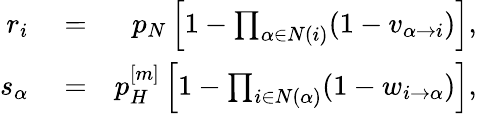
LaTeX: \begin{array}{rlr}{r_{i}}&{{}=}&{p_{N}\left[1-\prod_{\alpha\in N(i)}(1-v_{\alpha\rightarrow i})\right],}\\ {s_{\alpha}}&{{}=}&{p_{H}^{[m]}\left[1-\prod_{i\in N(\alpha)}(1-w_{i\rightarrow\alpha})\right],}\end{array}